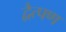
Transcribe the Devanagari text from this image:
द्वैत्पण